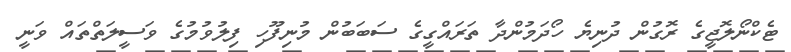
ޓެކްނޯލޮޖީގެ ރޮގުން ދުނިޔެ ހޯދަމުންދާ ތަރައްގީގެ ސަބަބުން މުނިފޫހި ފިލުވުމުގެ ވަސީލަތްތައް ވަނީ